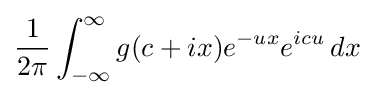
{\frac {1}{2\pi }}\int _{-\infty }^{\infty }g(c+ix)e^{-ux}e^{icu}\,dx